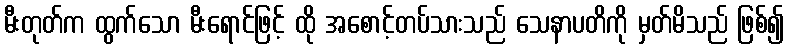
မီးတုတ်က ထွက်သော မီးရောင်ဖြင့် ထို အစောင့်တပ်သားသည် သေနာပတိကို မှတ်မိသည် ဖြစ်၍